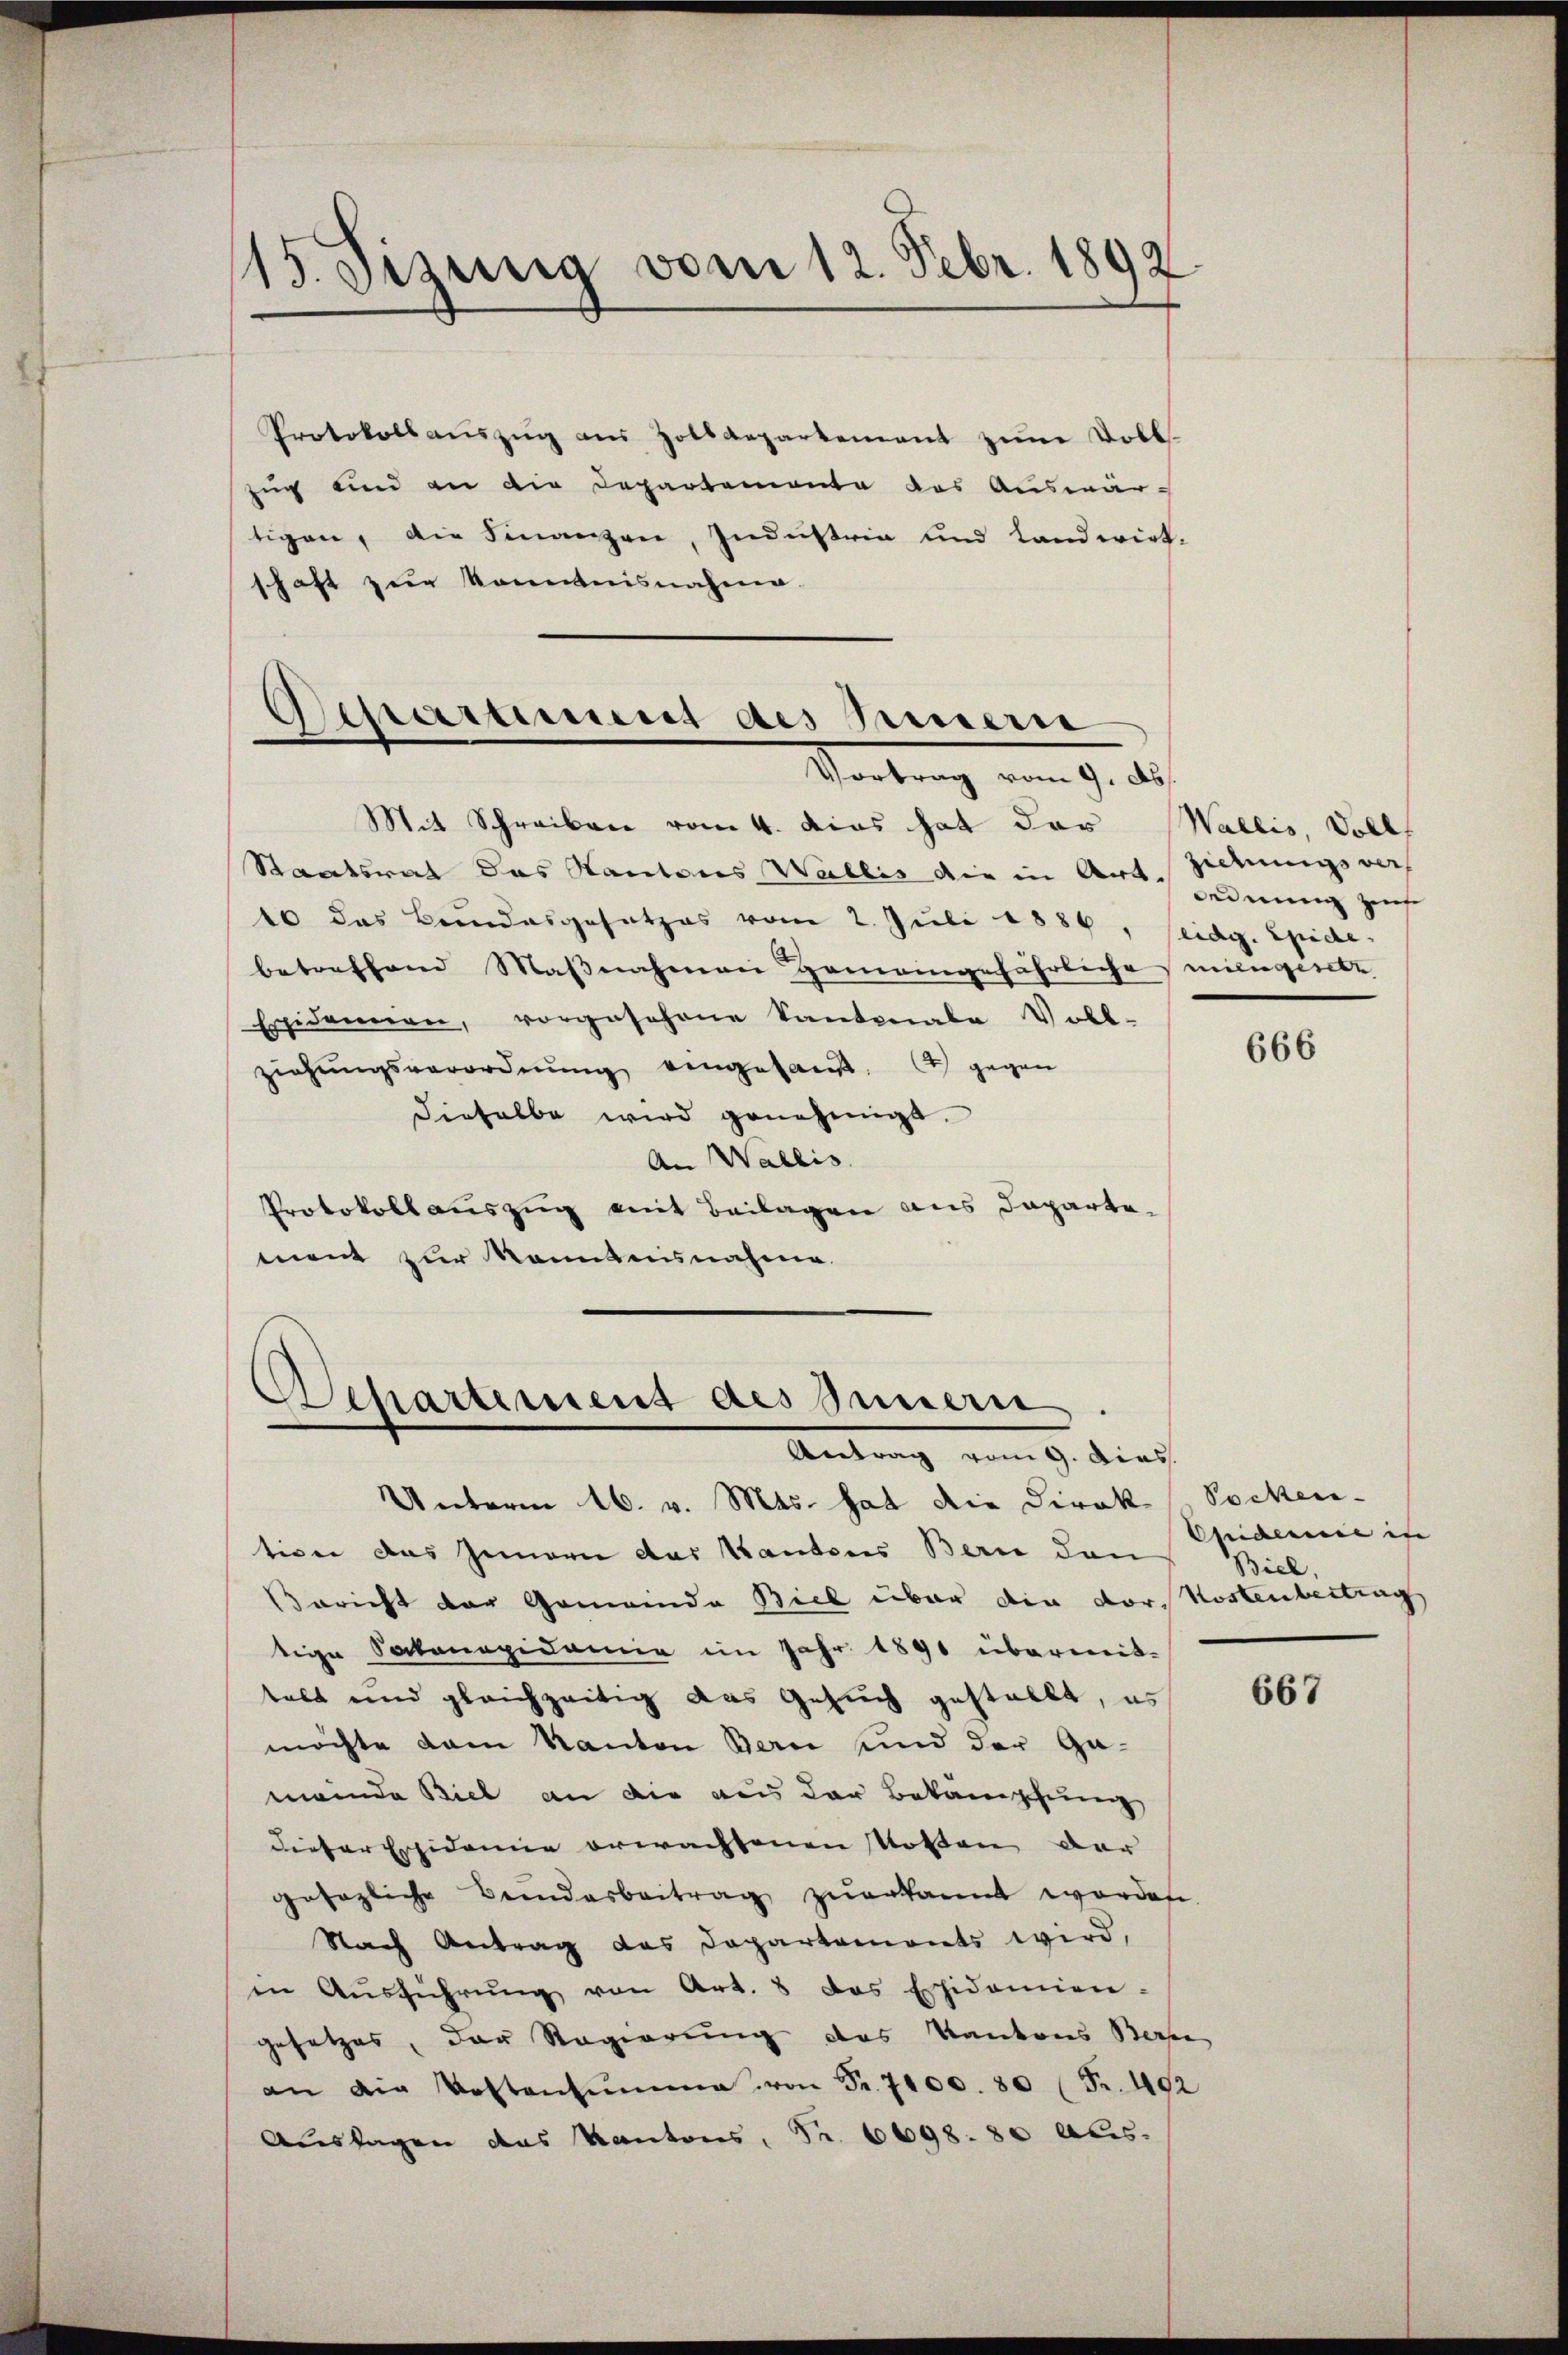
15. bezung vom 12. Febr. 1892.

Protokollaŭszŭg aŭs Holbaegartement zum Dobl.
Zug und an die Departemente das Auswärtigen, die Finanzen, Industria und Landwirt-
schaft zur Kenntnisnahme.

Departement des Innern
Vortrag vom 9. des

Mit Schreiben vom 4. das hat das Wallis, Soll
Staatsrat das Kantons Wallis die in Art. Zidungsver
10 das Bundesgesetzes vom 2. Juli 1886, seidg. Epide
betreffend Maßnahmen Gemeingefährliche eingesetz
Ersidannen, vorgesehene Kantonale Voll-
ziehŭngsverordnŭng eingesandt. Es gegen
dieselbe wird genehmigt.
An Wallis.
Protokoll auszug mit Beilagen aus Departement zur Kenntnisnahme.

Departement des Innern.
Antrag vom 9. Dies

Unterm 16. v. Mts. hat die Direk Socken-
tiven das Innern das Kantons Berne den
Bericht der Gemeinde Biel über die dor Kostenbertrag
tige Sakonapidemie im Jahr 1891 übermit-
telt und gleichzeitig das Gesuch gestellt, es
möchte vom Kanton Bern und der Ga-
meinde Biel an die aus der Bekämpfung
dieser Ersidemie erwachsenen Kosten der
gesagliche Bendarbeitrag zuerkannt worden.
Nach Antrag das Departements wird,
in Aŭsführŭng von Art. 8 das Erhidemien-
gesetzes, der Regierung des Kantons Bere
an die Kostensŭmme von Fr. 7100. 80 (Fr. 402
Auslagen das Kantons, Fr. 6698. 80 Abs.

Ordnung zur

666

Epidemie in
Biel,

667